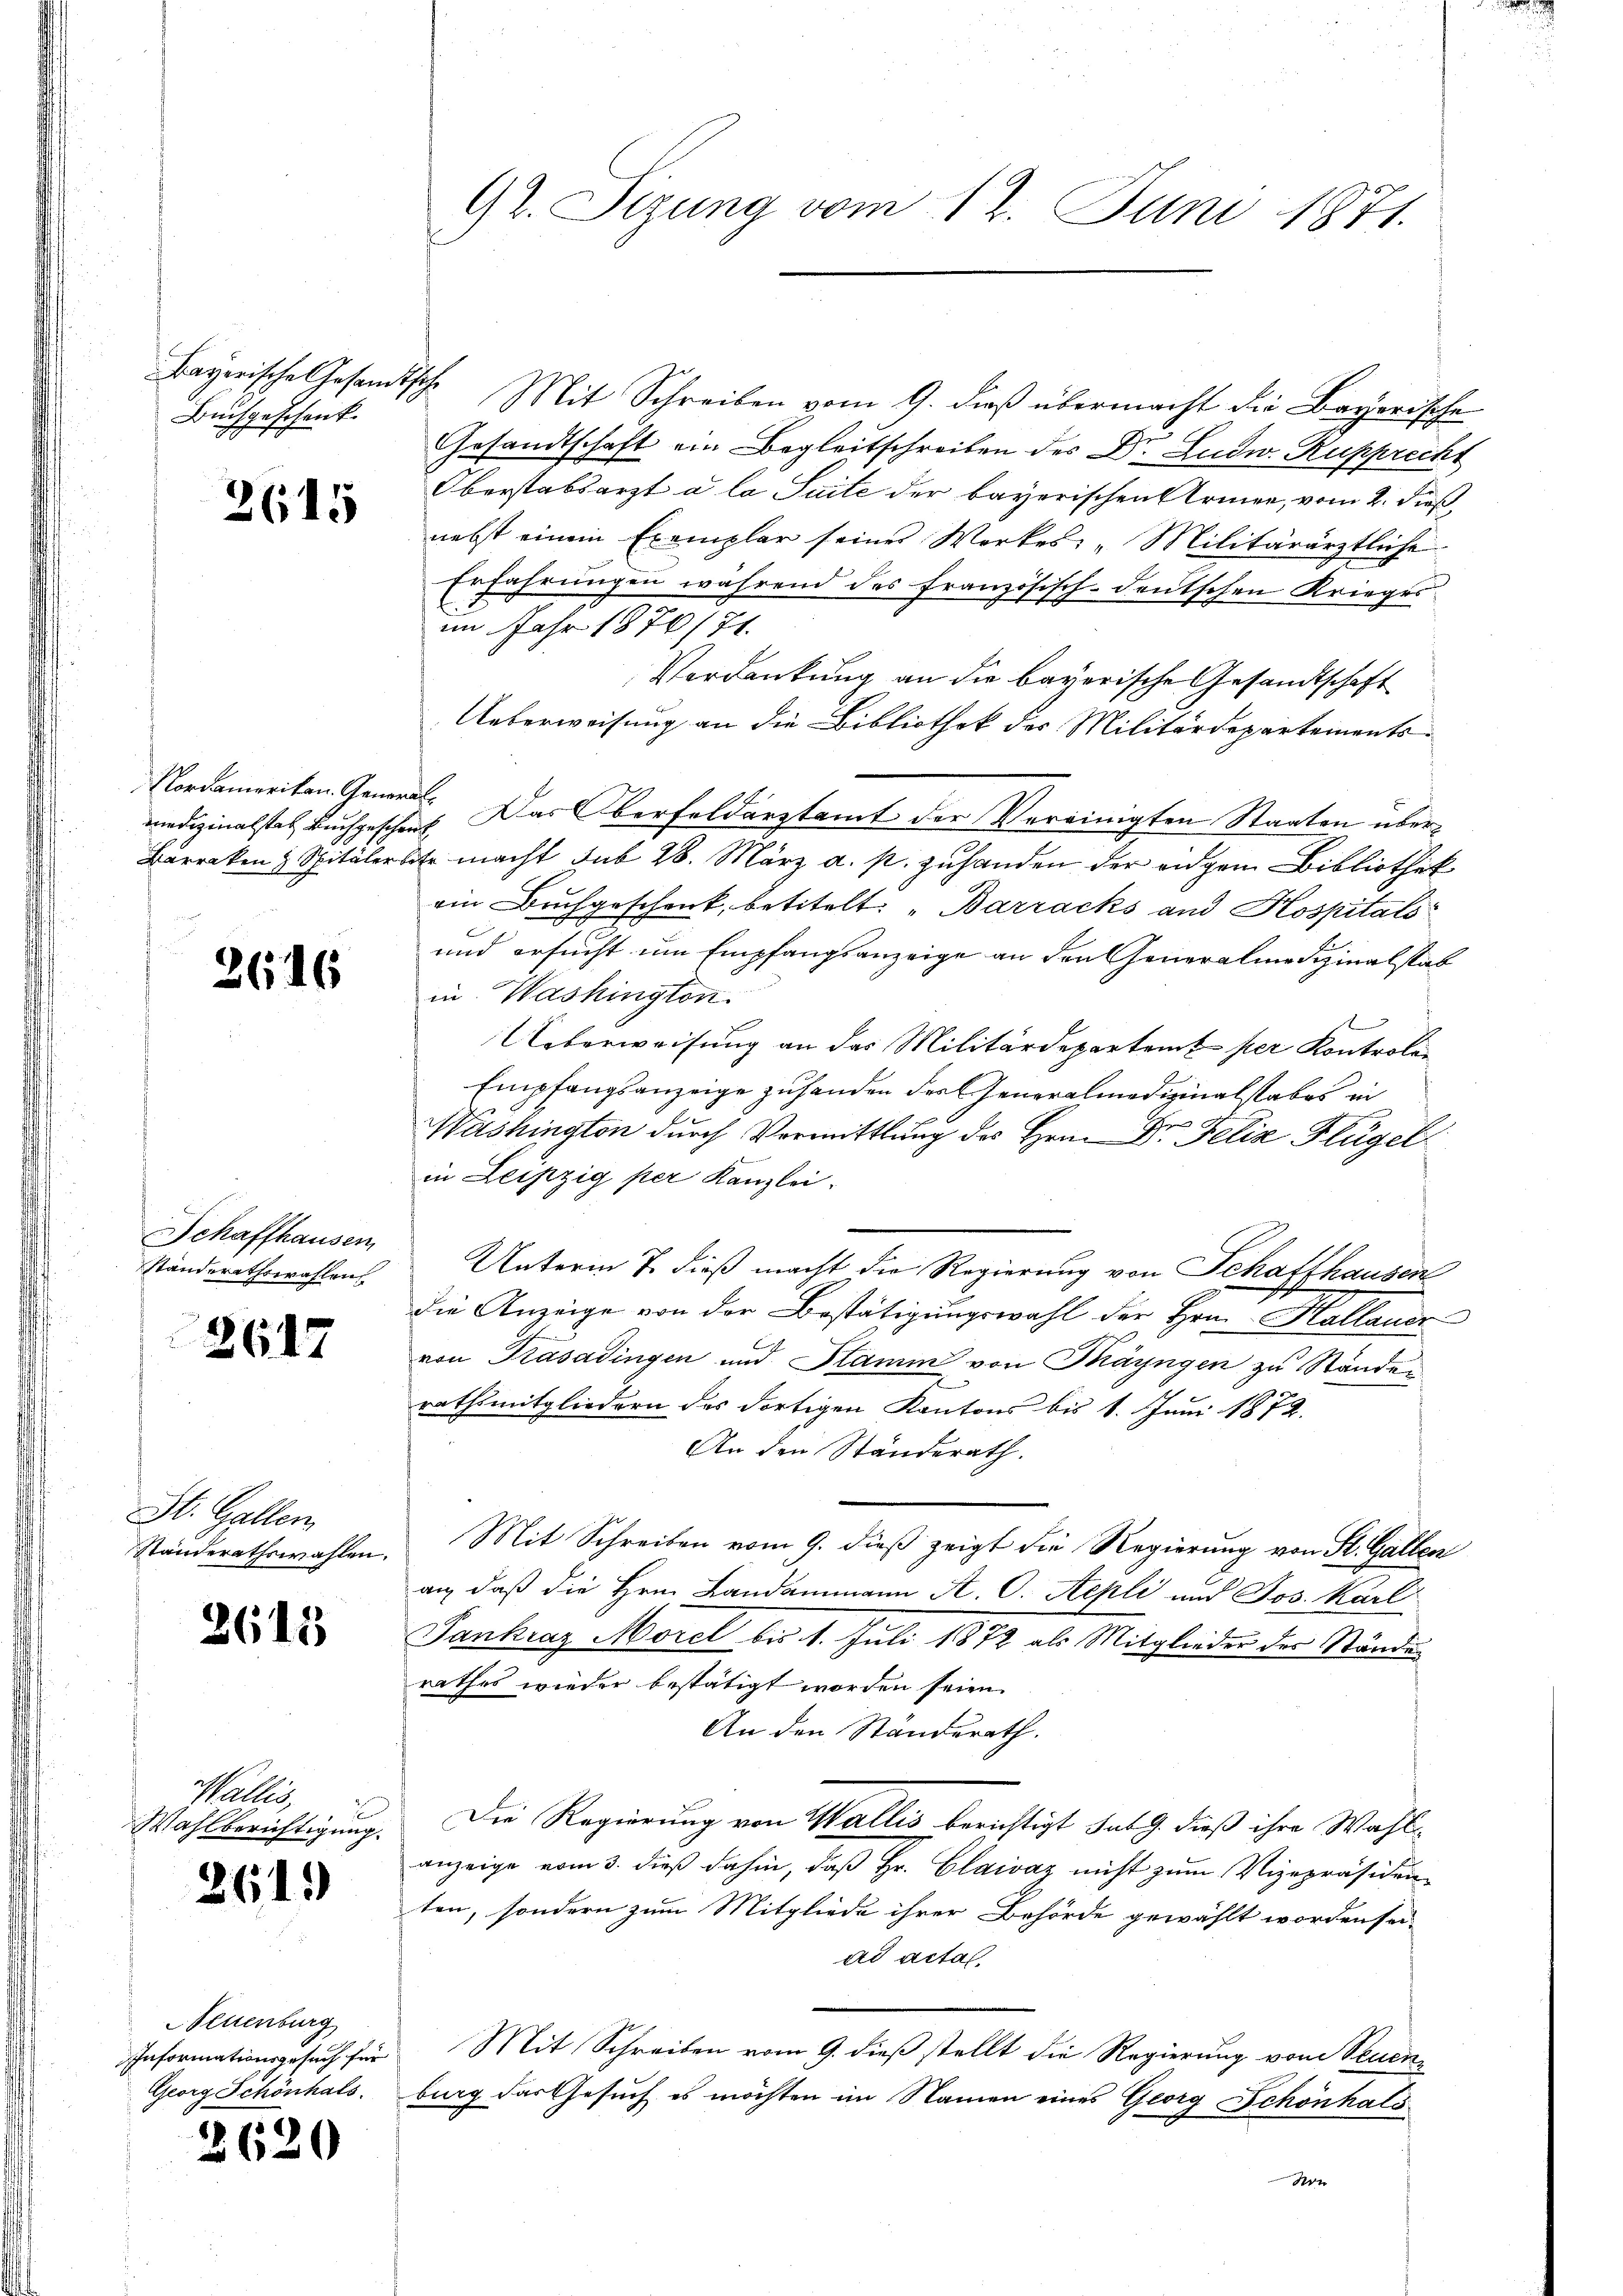
Buchgeschenk

2615

Nordamerikan. General¬

2646

Schaffhausen
standerathswahlen

2617

St. Gallen
Ständerathswahlen.

2615

Wallis,
Wahlberichtigung.

261.

Peuenburg
Informationsgesuch für
Georg Schönhals.

2620

92. Sizung vom 12. Juni 1871.

Bayerische Gesandtsche Mit Schreiben vom 9. dieβ übermacht die Bayerische
Gesandtschaft ein Begleitschreiben des Dr. Ludw. Rupprecht
Oberstabsarzt a la Suite der bayerischen Armen, vom 2. dieß,
nebst einem Exemplar seines Werkes: "Militärärztliche
Erfahrungen während des französisch-deutschen Krieges
im Jahr 1870/71.
Verdankung an die bayerische Gesandtschaft
Ueberweisung an die Bibliothek des Militärdepartements
medizinalstes Buchgeschef. Das Oberfeldarztamt der Vereinigten Staaten über¬
Barraken & Spitälerbete macht sub 28. März a. p. zuhanden der angem Bibliothek
ein Buchgeschenk, betitelt: „Barracks und Kospitals
und ersucht um Empfangsanzeige an den Generalmedizinalstab
in. Washington.
Ueberweisung an das Militärdepartent per Kontrola¬
Empfangsanzeige zuhanden der Generalmedizinalstabes in
Washington durch Vormittlung des Hrn. Dr. Felix Flügel
in Leipzig per Kanzlei.
Unterm 7. dieß macht die Regierung von Schaffhausen
die Anzeige von der Bestätigungswahl der Hrn. Kallauer
von Trasadingen und Stamm von Thayngen zu Ständen
rathsmitgliedern des dortigen Kantons bis 1. Juni 1872.
An den Ständerath.
Mit Schreiben vom 9. dieß zeigt die Regierung von St. Gallen
an, daß die Hrn. Landammann A. C. Sepli und Jos. Karl
Jankraz Morel bis 1. Juli 1872 als Mitglieder der Stände
rathes wieder bestätigt worden seien.
An den Ständerath.
Die Regierung von Wallis berichtigt sub 9. dieß ihre Wahlanzeige vom 3. dieβ dahin, daβ hr. Claivaz nicht zŭm Vizepräsiden
ten, sondern zum Mitgliede ihrer Behörde gewählt worden sei,
ad acta.
Mit Schreiben vom 9. dieß stellt die Regierung vom Neuen
burg das Gesuch es möchten im Namen eines Georg Schönhals
dern